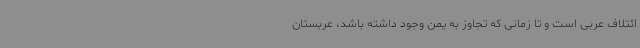
ائتلاف عربی است و تا زمانی که تجاوز به یمن وجود داشته باشد، عربستان